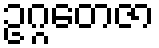
ဥဂ္ဂတေဇာ